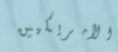
الأمريكيين